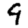
Digit: 9